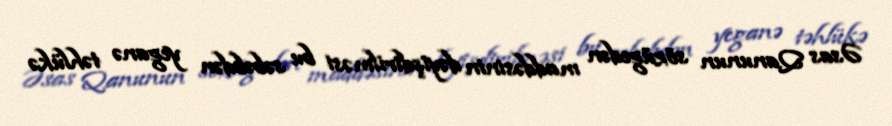
Əsas Qanunun sözügedən maddəsinin dəyişdirilməsi bu səbəbdən yeganə təhlükə